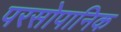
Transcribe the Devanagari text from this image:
परसोपानिक